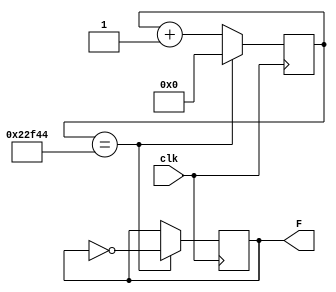
module F(clk, F);
	 input clk;
	 output reg F;
	 
	 reg [17:0] count;
	 initial F = 1'b0;
	 
	 always@ (posedge clk)
	 begin
		count <= count + 1'b1;
		
		if (count == 143172)
		begin
			F <= !F;
			count <= 0;
		end
	 end


endmodule